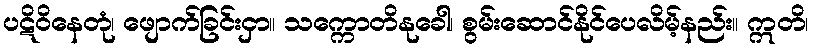
ပဋိဝိနေတုံ၊ ဖျောက်ခြင်းငှာ။ သက္ကောတိနုခေါ၊ စွမ်းဆောင်နိုင်ပေလိမ့်နည်း။ ဣတိ၊